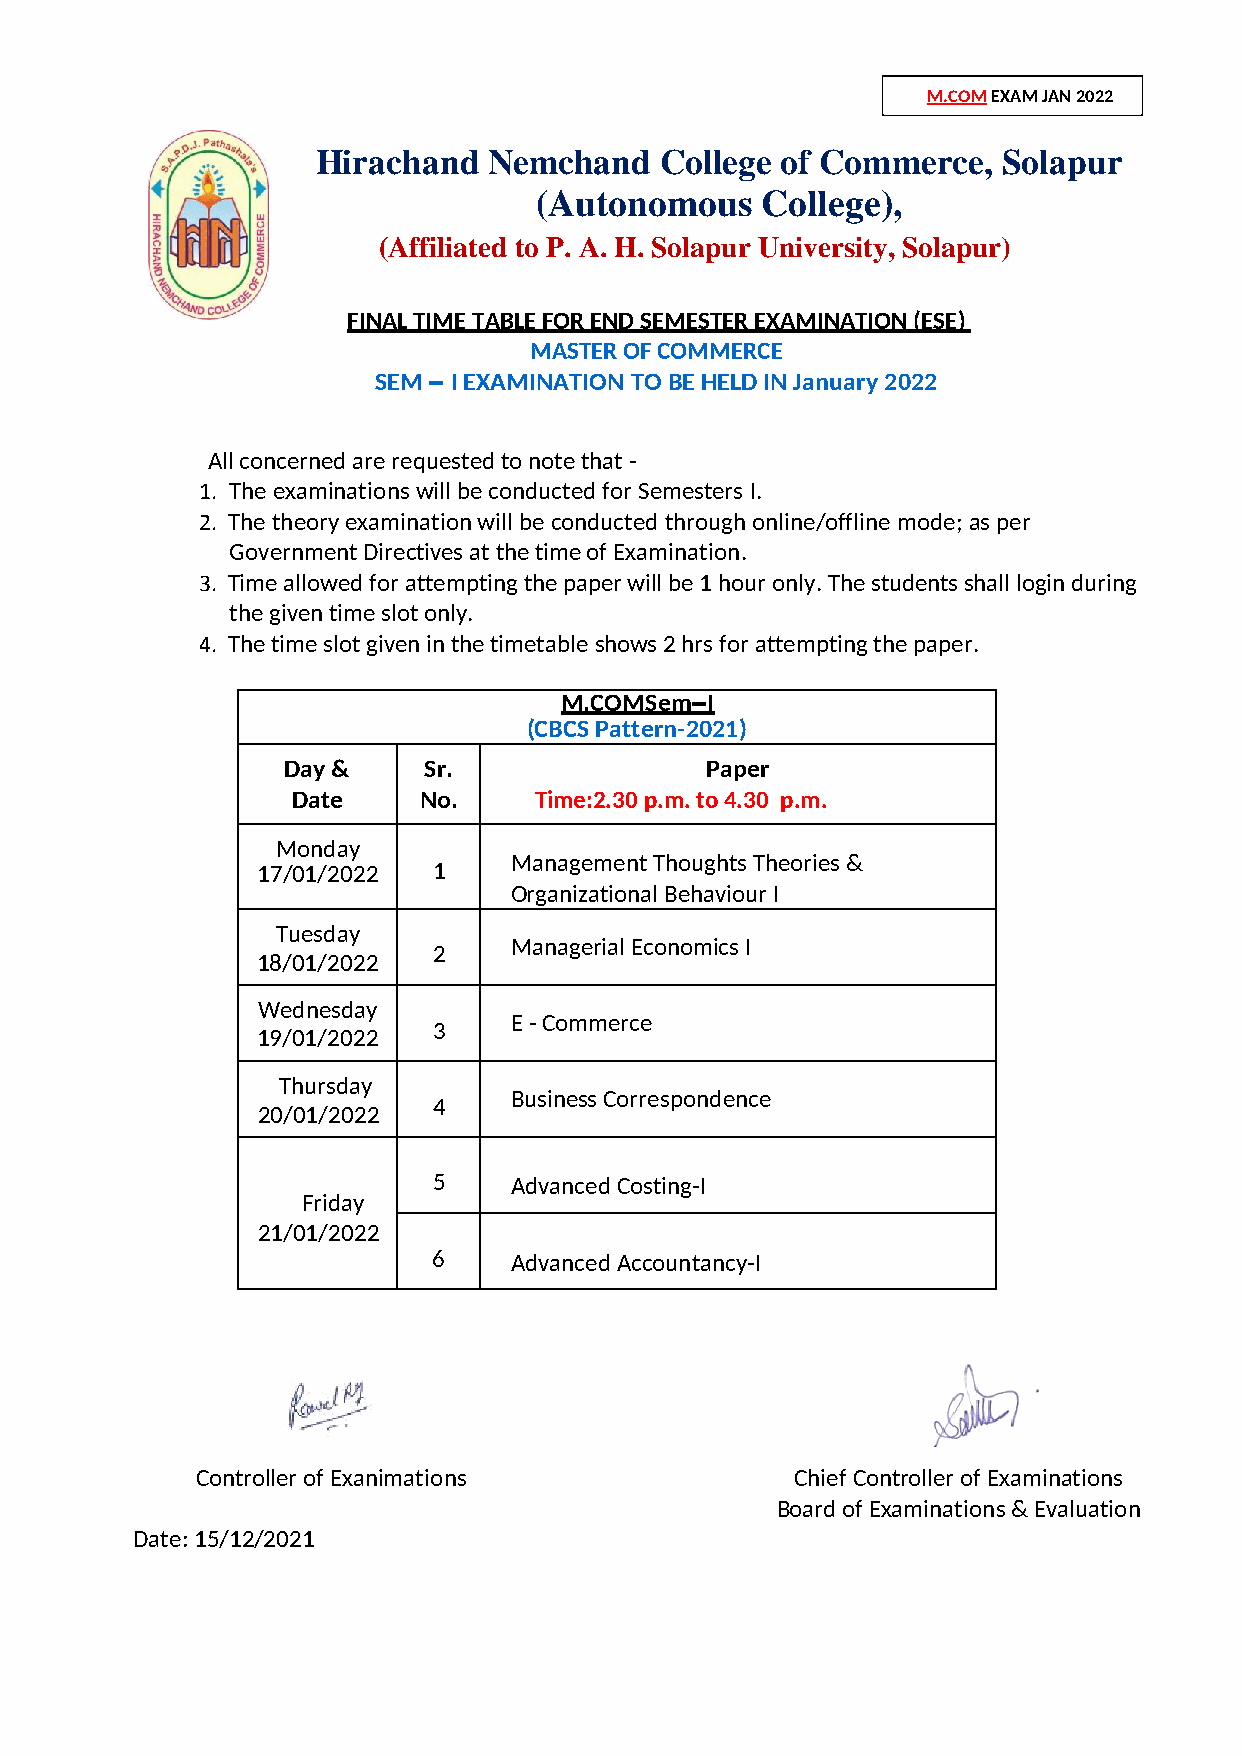
M.COM EXAM JAN 2022
 Hirachand  Nemchand    College of Commerce,  Solapur
 (Autonomous    College),
 (Affiliated to P. A. H. Solapur University, Solapur)
 FINAL TIME TABLE FOR END SEMESTER EXAMINATION (ESE)
 MASTER OF COMMERCE
 SEM – I EXAMINATION TO BE HELD IN January 2022
 All concerned are requested to note that -
 1. The examinations will be conducted for Semesters I.
 2. The theory examination will be conducted through online/offline mode; as per
 Government Directives at the time of Examination.
 3. Time allowed for attempting the paper will be 1 hour only. The students shall login during
 the given time slot only.
 4. The time slot given in the timetable shows 2 hrs for attempting the paper.
 M.COMSem–I
 (CBCS Pattern-2021)
 Day &    Sr.                Paper
 Date     No.    Time:2.30 p.m. to 4.30 p.m.
 Monday
 Management Thoughts Theories &
 17/01/2022  1
 Organizational Behaviour I
 Tuesday
 Managerial Economics I
 2
 18/01/2022
 Wednesday
 E - Commerce
 3
 19/01/2022
 Thursday
 Business Correspondence
 4
 20/01/2022
 5    Advanced Costing-I
 Friday
 21/01/2022
 6    Advanced Accountancy-I
 Controller of Exanimations              Chief Controller of Examinations
 Board of Examinations & Evaluation
 Date: 15/12/2021